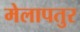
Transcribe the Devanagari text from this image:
मेलापतुर